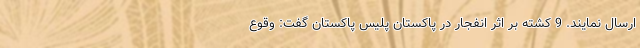
ارسال نمایند. 9 کشته بر اثر انفجار در پاکستان پلیس پاکستان گفت: وقوع